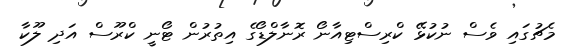
މެޗުގައި ވެސް ނުކުޅޭ ކްރިސްޓިއާނޯ ރޮނާލްޑޯގެ އިތުރުން ޓޯނީ ކްރޫސް އަދި ލޫކާ